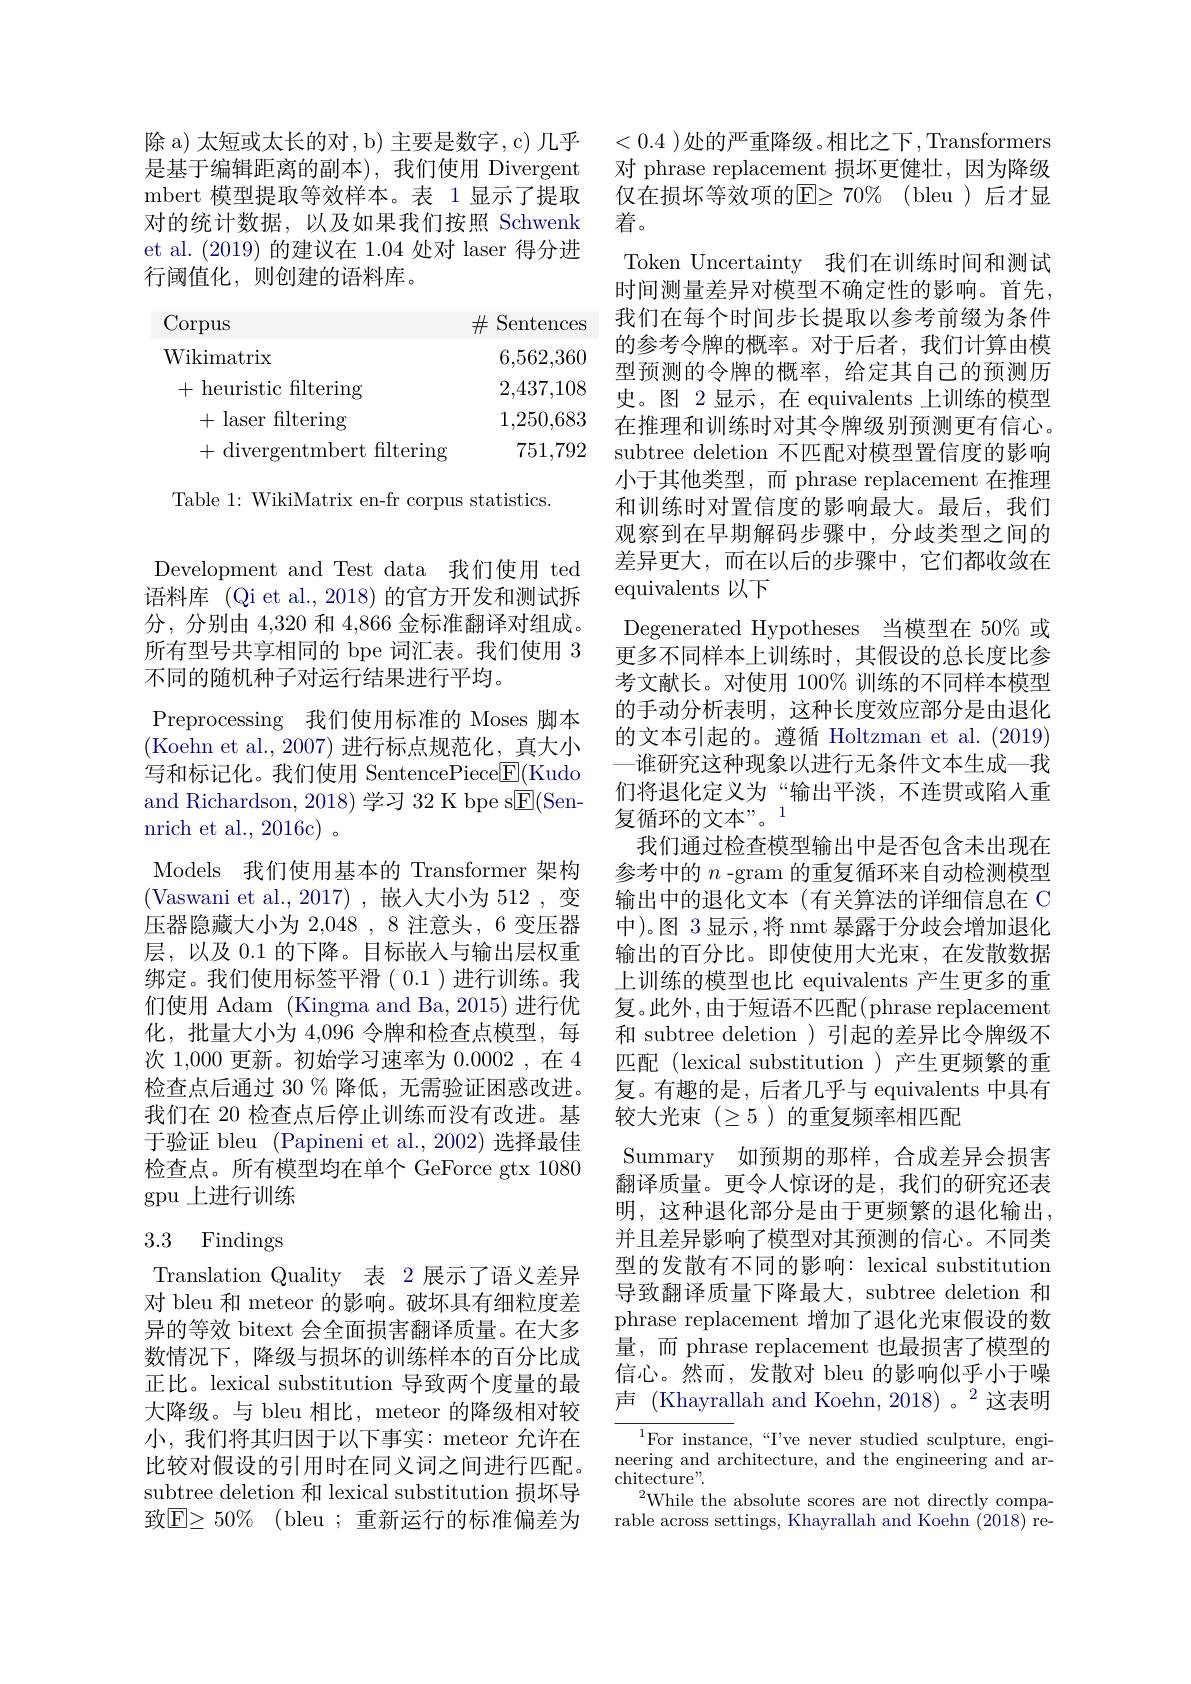
除 a) 太短或太长的对，b) 主要是数字，c) 几乎是基于编辑距离的副本),我们使用 Divergent mbert 模型提取等效样本。表 1显示了提取对的统计数据，以及如果我们按照 Schwenk et al. (2019)的建议在 1.04 处对 laser 得分进行阈值化，则创建的语料库。

$\#$ Sentences
Corpus
Wikimatrix
6,562,3602,437,108
+ heuristic filtering +laser filtering
1,250,683751,792
+ divergentmbert filtering
Table 1: WikiMatrix en-fr corpus statistics.

Development and Test data 我们使用 ted 语料库(Qi et al., 2018)的官方开发和测试拆分，分别由 4,320 和 4,866 金标准翻译对组成所有型号共享相同的 bpe 词汇表。我们使用 3不同的随机种子对运行结果进行平均。
Preprocessing 我们使用标准的 Moses 脚本(Koehn et al., 2007) 进行标点规范化，真大小写和标记化。我们使用 SentencePiece$\underline{\mathrm{E}}($Kudo and Richardson, 2018) 学习 32 K bpe s$\underline{\mathrm{E}}($Sennrich et al., 2016c) 。
Models 我们使用基本的 Transformer 架构压器隐藏大小为 2,048 , 8 注意头，6 变压器层，以及 0.1 的下降。目标嵌入与输出层权重绑定。我们使用标签平滑( 0.1 )进行训练。我们使用 Adam (Kingma and Ba, 2015) 进行优化，批量大小为 4,096 令牌和检查点模型，每次 1,000 更新。初始学习速率为0.0002 ,在 4检查点后通过 30 % 降低，无需验证困惑改进。我们在 20 检查点后停止训练而没有改进。基于验证 bleu (Papineni et al., 2002) 选择最佳检查点。所有模型均在单个 GeForce gtx 1080 ${\mathrm{gpu~上进行训练}}$

# 3.3 Findings

Translation Quality 表 2 展示了语义差异对 bleu 和 meteor 的影响。破坏具有细粒度差异的等效 bitext 会全面损害翻译质量。在大多数情况下，降级与损坏的训练样本的百分比成正比。lexical substitution 导致两个度量的最大降级。与 bleu 相比，meteor 的降级相对较小，我们将其归因于以下事实：meteor 允许在比较对假设的引用时在同义词之间进行匹配。subtree deletion 和 lexical substitution 损坏导致$\mathbb{E}\geq50\%$ (bleu ;重新运行的标准偏差为

<0.4 )处的严重降级。相比之下，Transformers 对 phrase replacement 损坏更健壮，因为降级仅在损坏等效项的$\underline {\mathrm{E} }\geq 70\%$ (bleu )后才显着。
Token Uncertainty 我们在训练时间和测试时间测量差异对模型不确定性的影响。首先。我们在每个时间步长提取以参考前缀为条件的参考令牌的概率。对于后者，我们计算由模型预测的令牌的概率，给定其自己的预测历史。图 2显示，在 equivalents 上训练的模型在推理和训练时对其令牌级别预测更有信心。subtree deletion 不匹配对模型置信度的影响小于其他类型，而 phrase replacement 在推理和训练时对置信度的影响最大。最后，我们观察到在早期解码步骤中，分歧类型之间的差异更大，而在以后的步骤中，它们都收敛在equivalents 以下
Degenerated Hypotheses 当模型在 50% 或更多不同样本上训练时，其假设的总长度比参考文献长。对使用 100% 训练的不同样本模型的手动分析表明，这种长度效应部分是由退化的文本引起的。遵循 Holtzman et al. (2019) -谁研究这种现象以进行无条件文本生成一我们将退化定义为“输出平淡，不连贯或陷入重复循环的文本”。1
我们通过检查模型输出中是否包含未出现在参考中的$n$ -gram 的重复循环来自动检测模型输出中的退化文本(有关算法的详细信息在 C 中)。图 3 显示 ,将 nmt 暴露于分歧会增加退化输出的百分比。即使使用大光束，在发散数据上训练的模型也比 equivalents 产生更多的重复。此外，由于短语不匹配(phrase replacement 和 subtree deletion ) 引起的差异比令牌级不匹配 (lexical substitution )产生更频繁的重复。有趣的是，后者几乎与 equivalents 中具有较大光束($\geq5)的重复频率相匹配$
Summary 如预期的那样，合成差异会损害翻译质量。更令人惊讶的是，我们的研究还表明，这种退化部分是由于更频繁的退化输出， 并且差异影响了模型对其预测的信心。不同类型的发散有不同的影响：lexical substitution 导致翻译质量下降最大，subtree deletion 和phrase replacement 增加了退化光束假设的数量，而 phrase replacement 也最损害了模型的信心。然而，发散对 bleu 的影响似乎小于噪声 (Khayrallah and Koehn, 2018)。$^2$这表明
$^{1}$For instance,“I've never studied sculpture, engineering and architecture, and the engineering and ar-

$\mathop{\mathrm{chitecture"}}.$
$^{2}$While the absolute scores are not directly comparable across settings, Khayrallah and Koehn (2018) re-